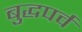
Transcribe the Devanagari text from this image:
बुद्धपर्व